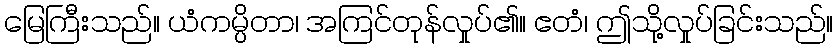
မြေကြီးသည်။ ယံကမ္ပိတာ၊ အကြင်တုန်လှုပ်၏။ ဧတံ၊ ဤသို့လှုပ်ခြင်းသည်။